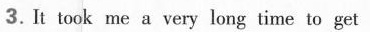
3.It took me a very long time to get